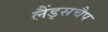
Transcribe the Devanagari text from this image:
लैंड्सचैप